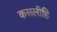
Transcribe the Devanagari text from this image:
कसलीहि